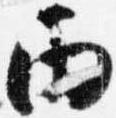
雨